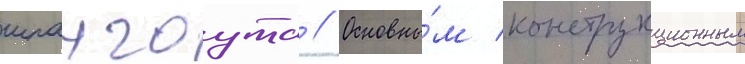
шпангоута // Основны́м конструкционным